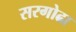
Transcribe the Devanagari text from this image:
सरगोढा